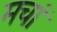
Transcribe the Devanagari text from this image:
मचां